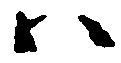
ハ